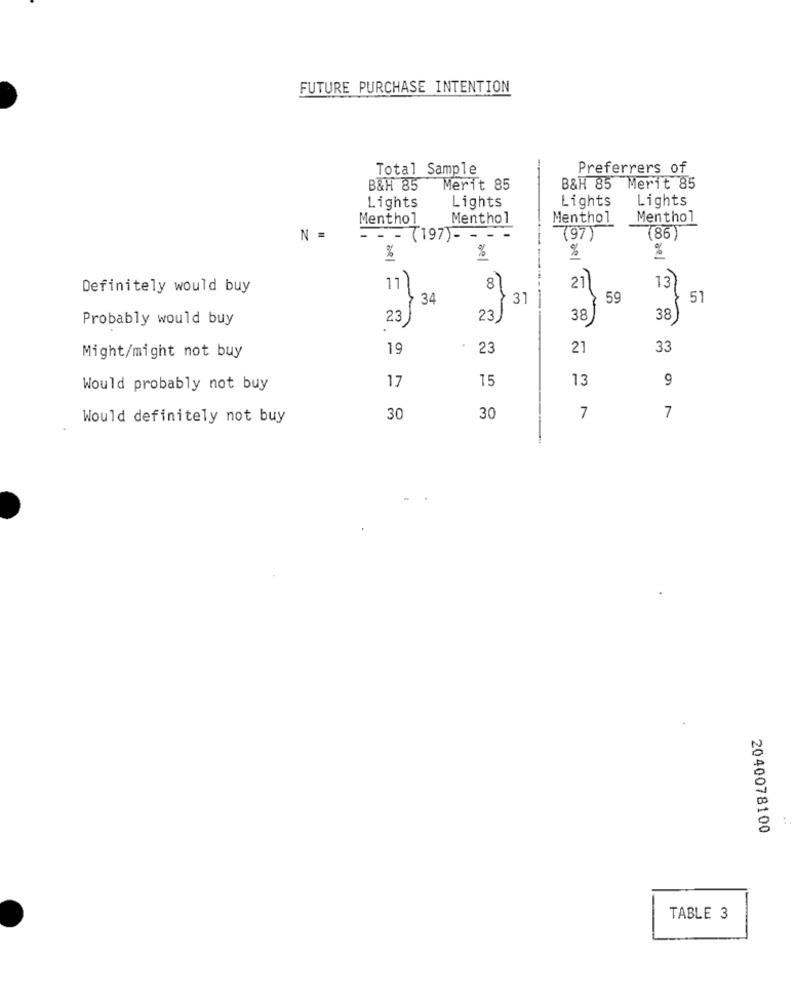
FUTURE PURCHASE INTENTION
Total Sample
Preferrers of
B&H 85
Merit 85
B&H 85 Merit 85
Lights
Lights
Lights
Lights
Menthol
Menthol
Menthol
Menthol
N =
- - (197)- - -
(97)
(86)
%
%
%
21
13
Definitely would buy
11
8
---
34
31
59
51
Probably would buy
23
23
38
38
19
23
21
33
Might/might not buy
17
15
13
9
Would probably not buy
Would definitely not buy
30
30
7
7
2040078100
TABLE 3